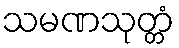
သမဏသုတ္တံ